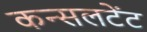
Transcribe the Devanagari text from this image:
कन्सलटेंट